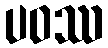
ပဝဿ